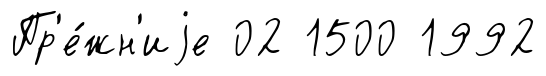
Пр'е́жн'иjе 02 1500 1992